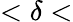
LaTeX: <\delta<